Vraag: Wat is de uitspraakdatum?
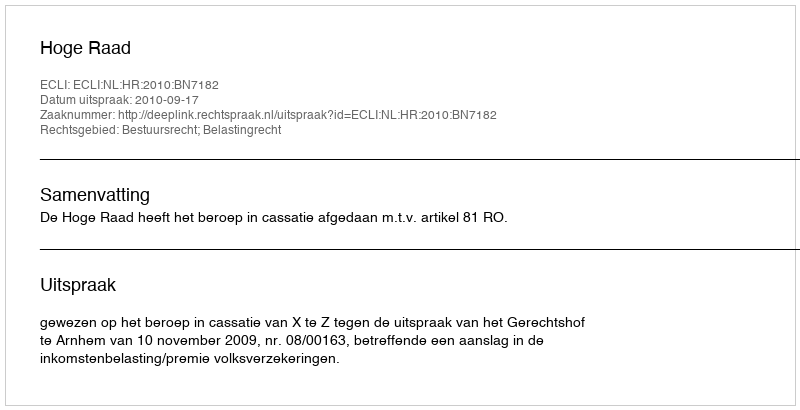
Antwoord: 2010-09-17